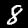
Digit: 8